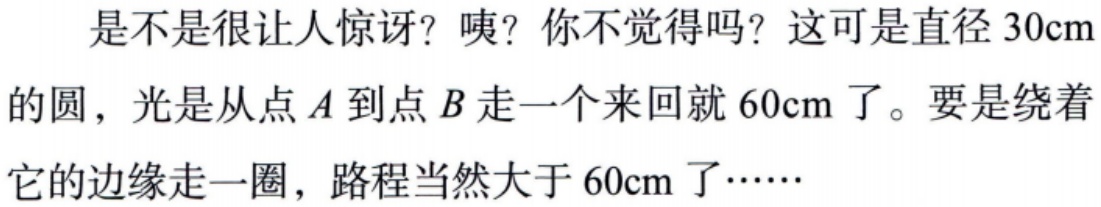
是不是很让人惊讶？咦？你不觉得吗？这可是直径 \(30\text{cm}\) 的圆，光是从点 \(A\) 到点 \(B\) 走一个来回就 \(60\text{cm}\) 了。要是绕着它的边缘走一圈，路程当然大于 \(60\text{cm}\) 了……